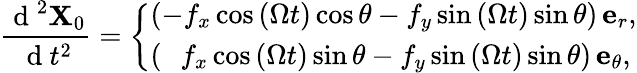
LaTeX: \frac{\mathrm{~d~}^{2}\mathbf{X}_{0}}{\mathrm{~d~}t^{2}}=\left\{ \begin{array}{ll}{\left(-f_{x}\cos{\left(\Omega t\right)}\cos\theta-f_{y}\sin{\left(\Omega t\right)}\sin\theta\right)\, \mathbf{e}_{r},}\\ {\left(\, \, \, \, f_{x}\cos{\left(\Omega t\right)}\sin\theta-f_{y}\sin{\left(\Omega t\right)}\sin\theta\right)\, \mathbf{e}_{\theta},}\end{array}\right.